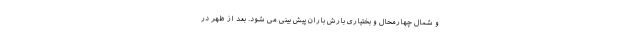
و شمال چهارمحال و بختیاری بارش باران پیش بینی می شود. بعد از ظهر در